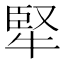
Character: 㹂